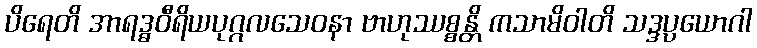
ပိရေတိ အာရဒ္ဓဝီရိယပုဂ္ဂလသေဝနာ ဗာဟုဿစ္စန္တိ ကသာမိဝါတိ သဒ္ဒပ္ပယောဂါ